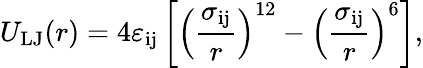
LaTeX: U_{\mathrm{LJ}}(r)=4\varepsilon_{\mathrm{ij}}\left[\left(\frac{\sigma_{\mathrm{ij}}}{r}\right)^{12}-\left(\frac{\sigma_{\mathrm{ij}}}{r}\right)^{6}\right],